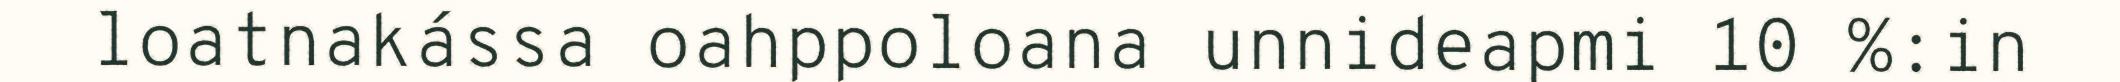
loatnakássa oahppoloana unnideapmi 10 %:in